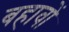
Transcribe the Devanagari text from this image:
बहावों